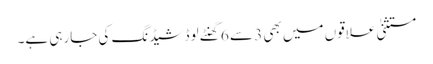
مستثنیٰ علاقوں میں بھی 3 سے 6 گھنٹے لوڈشیڈنگ کی جارہی ہے۔